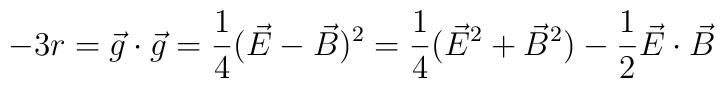
-3 r =\vec{g} \cdot \vec{g}= \frac{1}{4} (\vec{E} -\vec{B})^{2} = \frac{1}{4} ( \vec{E}^{2}+\vec{B}^{2}) - \frac{1}{2} \vec{E} \cdot \vec{B}